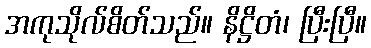
အကုသိုလ်စိတ်သည်။ နိဋ္ဌိတံ၊ ပြီးပြီ။